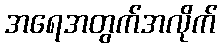
အရေအတွက်အလိုက်